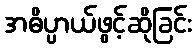
အဓိပ္ပာယ်ဖွင့်ဆိုခြင်း